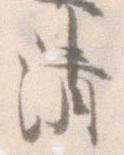
清